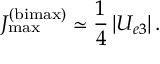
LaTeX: J _ { \mathrm { m a x } } ^ { \mathrm { ( b i m a x ) } } \simeq \frac { 1 } { 4 } \, | U _ { e 3 } | \, .